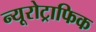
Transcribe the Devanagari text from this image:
न्यूरोट्राफिक